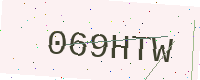
Text: 069HTW